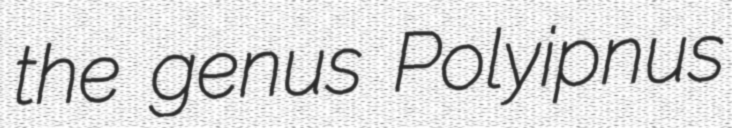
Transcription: the genus Polyipnus